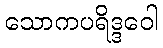
သောကပရိဒ္ဒဝေါ